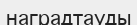
наградтауды